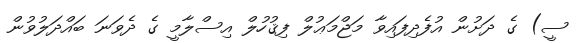
ސީ) ގެ ދަށުން އުފެދިފައިވާ މަޖްމަޢުލް ފިޤުހުލް އިސްލާމީ ގެ ދެވަނަ ބައްދަލުވުން